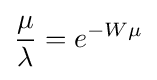
{\frac {\mu }{\lambda }}=e^{-W{\mu }}